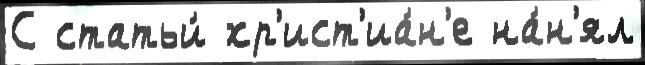
С статьи́ хр'ист'иа́н'е на́н'ял